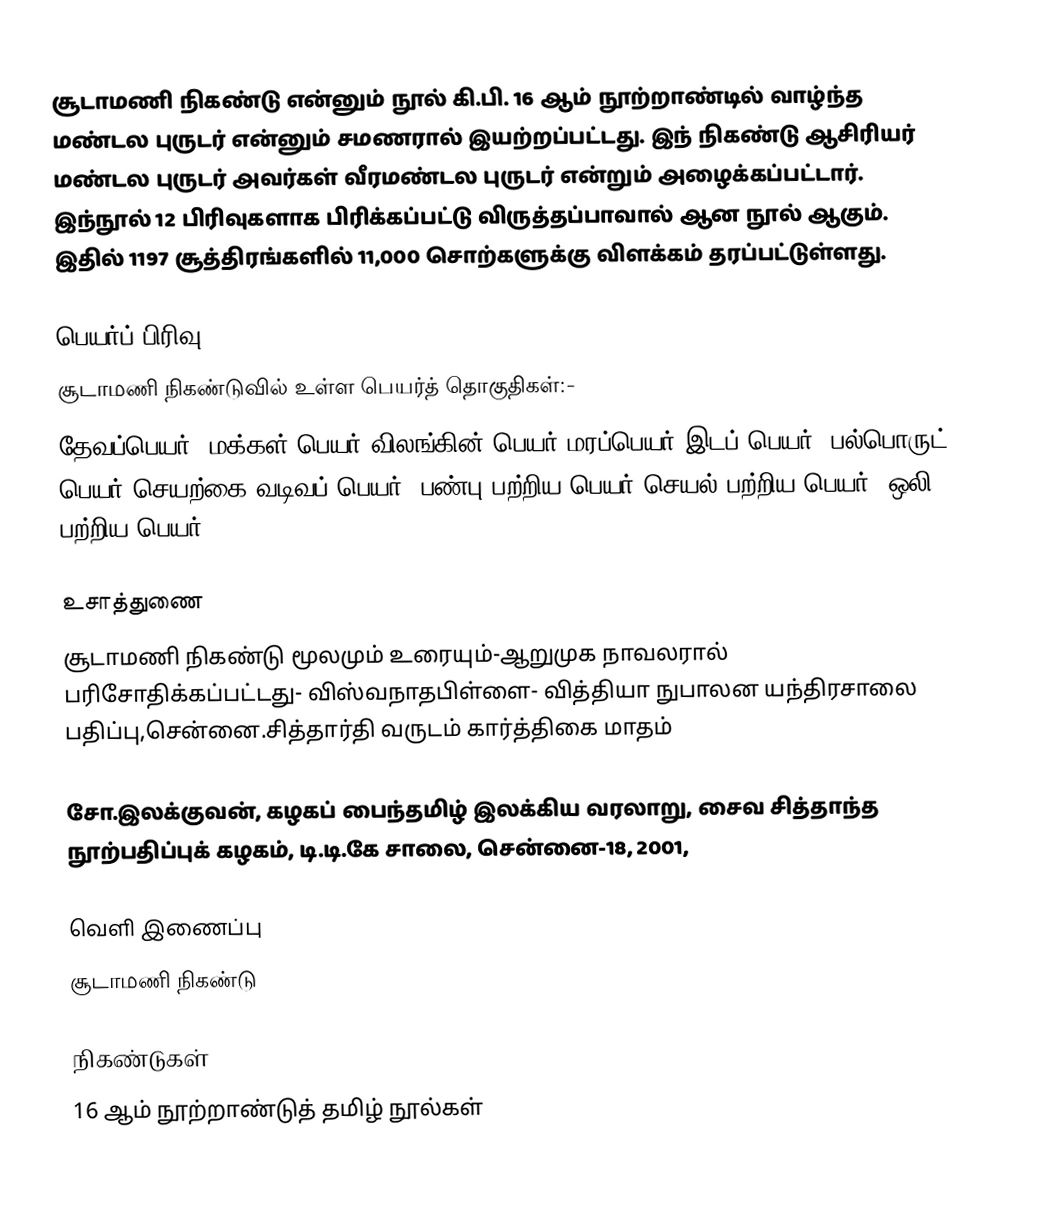
சூடாமணி நிகண்டு என்னும் நூல் கி.பி. 16 ஆம் நூற்றாண்டில் வாழ்ந்த மண்டல புருடர் என்னும் சமணரால் இயற்றப்பட்டது. இந் நிகண்டு ஆசிரியர் மண்டல புருடர் அவர்கள் வீரமண்டல புருடர் என்றும் அழைக்கப்பட்டார். இந்நூல் 12 பிரிவுகளாக பிரிக்கப்பட்டு விருத்தப்பாவால் ஆன நூல் ஆகும். இதில் 1197 சூத்திரங்களில் 11,000 சொற்களுக்கு விளக்கம் தரப்பட்டுள்ளது.

பெயர்ப் பிரிவு
சூடாமணி நிகண்டுவில் உள்ள பெயர்த் தொகுதிகள்:-
தேவப்பெயர், மக்கள் பெயர்,விலங்கின் பெயர்,மரப்பெயர்,இடப் பெயர், பல்பொருட் பெயர்,செயற்கை வடிவப் பெயர், பண்பு பற்றிய பெயர்,செயல் பற்றிய பெயர், ஒலி பற்றிய பெயர்.

உசாத்துணை
 சூடாமணி நிகண்டு மூலமும் உரையும்-ஆறுமுக நாவலரால் பரிசோதிக்கப்பட்டது- விஸ்வநாதபிள்ளை- வித்தியா நுபாலன யந்திரசாலை பதிப்பு,சென்னை.சித்தார்தி வருடம் கார்த்திகை மாதம்

 சோ.இலக்குவன், கழகப் பைந்தமிழ் இலக்கிய வரலாறு, சைவ சித்தாந்த நூற்பதிப்புக் கழகம், டி.டி.கே சாலை, சென்னை-18, 2001,

வெளி இணைப்பு
சூடாமணி நிகண்டு

நிகண்டுகள்
16 ஆம் நூற்றாண்டுத் தமிழ் நூல்கள்